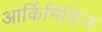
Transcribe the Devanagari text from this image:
आर्किमिडिज